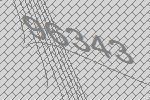
96343